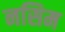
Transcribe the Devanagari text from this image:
नसिम